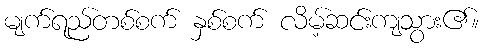
မျက်ရည်တစ်စက် နှစ်စက် လိမ့်ဆင်းကျသွား၏။